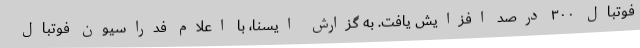
فوتبال ۳۰۰ درصد افزایش یافت. به گزارش ایسنا، با اعلام فدراسیون فوتبال